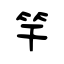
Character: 竿